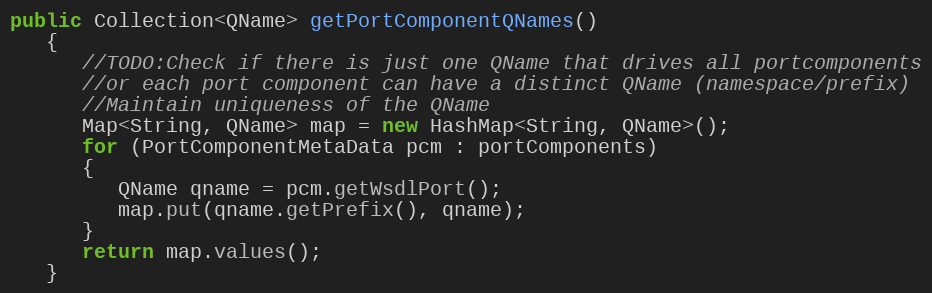
Language: Java
public Collection<QName> getPortComponentQNames()
   {
      //TODO:Check if there is just one QName that drives all portcomponents
      //or each port component can have a distinct QName (namespace/prefix)
      //Maintain uniqueness of the QName
      Map<String, QName> map = new HashMap<String, QName>();
      for (PortComponentMetaData pcm : portComponents)
      {
         QName qname = pcm.getWsdlPort();
         map.put(qname.getPrefix(), qname);
      }
      return map.values();
   }